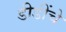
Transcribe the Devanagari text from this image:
डीडींचे